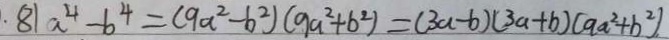
\cdot 8 1 a ^ { 4 } - b ^ { 2 } = ( 9 a ^ { 2 } - b ^ { 2 } ) ( 9 a ^ { 2 } + b ^ { 2 } ) = ( 3 a - b ) ( 3 a + b ) ( 9 a ^ { 2 } + b ^ { 2 } ) .